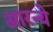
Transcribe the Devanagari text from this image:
आरन्ये